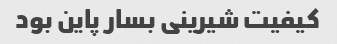
کیفیت شیرینی بسار پاین بود